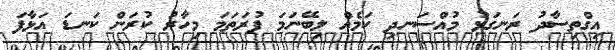
އިގްތިސާދު ރަނގަޅު މުއްސަނދި ކަމެއް ލިބޭނަމަ ފުރަތަމަ މިހާރު ކުރަން ކަނޑަ އަޅާފަ